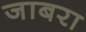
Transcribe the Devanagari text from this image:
जाबरा